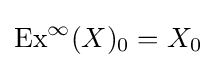
\operatorname {Ex} ^{\infty }(X)_{0}=X_{0}